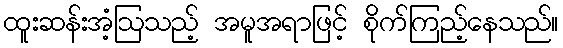
ထူးဆန်းအံ့ဩသည့် အမူအရာဖြင့် စိုက်ကြည့်နေသည်။